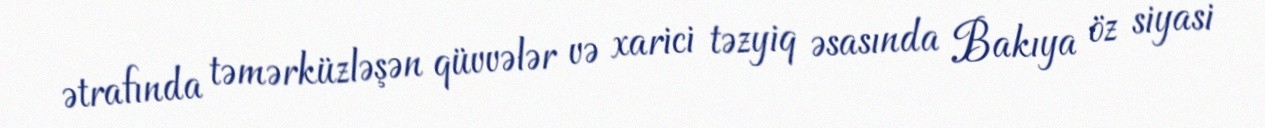
ətrafında təmərküzləşən qüvvələr və xarici təzyiq əsasında Bakıya öz siyasi